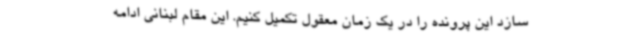
سازد این پرونده را در یک زمان معقول تکمیل کنیم. این مقام لبنانی ادامه